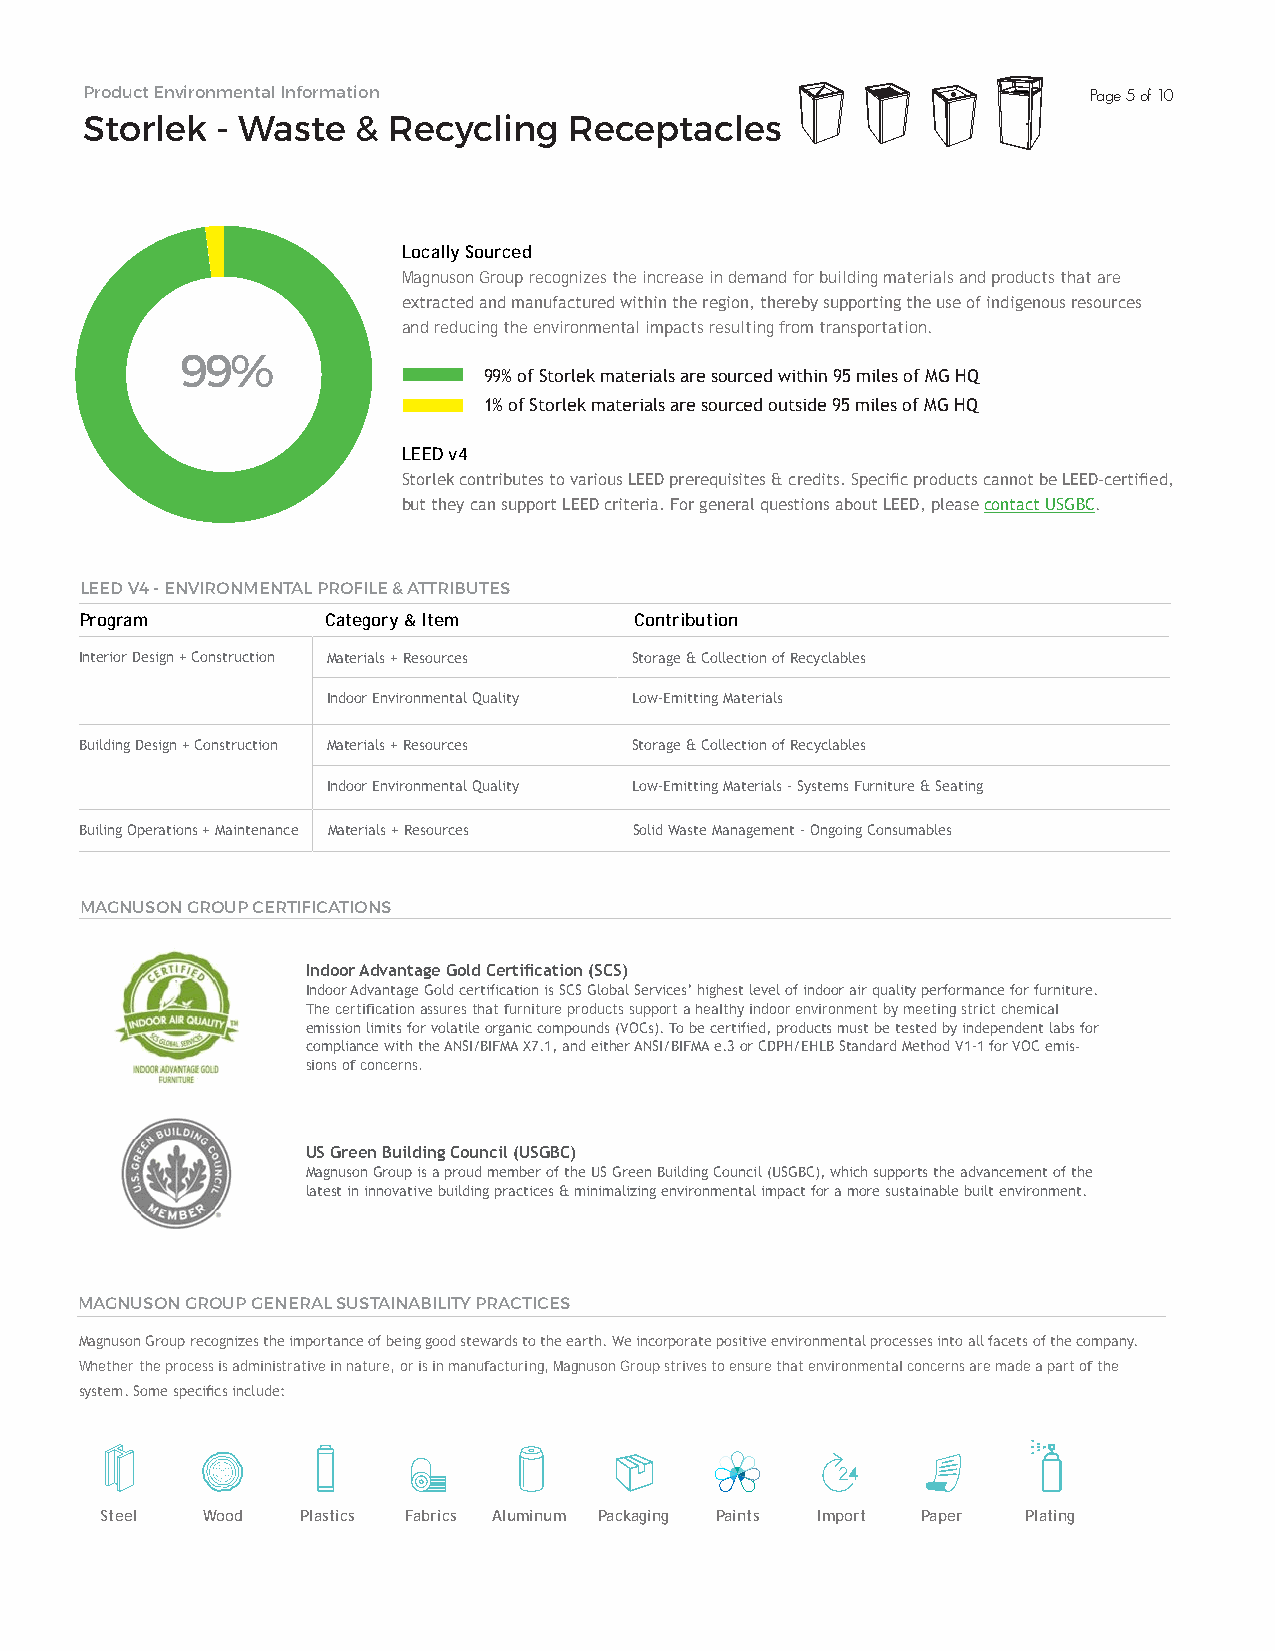
Product Environmental Information                                  Page 5 of 10
 Storlek  - Waste   & Recycling   Receptacles
 98+2+H
 Locally Sourced
 Magnuson Group recognizes the increase in demand for building materials and products that are
 extracted and manufactured within the region, thereby supporting the use of indigenous resources
 and reducing the environmental impacts resulting from transportation.
 99%
 99% of Storlek materials are sourced within 95 miles of MG HQ
 1% of Storlek materials are sourced outside 95 miles of MG HQ
 LEED v4
 Storlek contributes to various LEED prerequisites & credits. Specific products cannot be LEED-certified,
 but they can support LEED criteria. For general questions about LEED, please contact USGBC.
 LEED V4 - ENVIRONMENTAL PROFILE & ATTRIBUTES
 Program          Category & Item     Contribution
 Interior Design + Construction Materials + Resources Storage & Collection of Recyclables
 Indoor Environmental Quality Low-Emitting Materials
 Building Design + Construction Materials + Resources Storage & Collection of Recyclables
 Indoor Environmental Quality Low-Emitting Materials – Systems Furniture & Seating
 Builing Operations + Maintenance Materials + Resources Solid Waste Management – Ongoing Consumables
 MAGNUSON GROUP CERTIFICATIONS
 Indoor Advantage Gold Certification (SCS)
 Indoor Advantage Gold certification is SCS Global Services’ highest level of indoor air quality performance for furniture.
 The certification assures that furniture products support a healthy indoor environment by meeting strict chemical
 emission limits for volatile organic compounds (VOCs). To be certified, products must be tested by independent labs for
 compliance with the ANSI/BIFMA X7.1, and either ANSI/BIFMA e.3 or CDPH/EHLB Standard Method V1-1 for VOC emis-
 sions of concerns.
 US Green Building Council (USGBC)
 Magnuson Group is a proud member of the US Green Building Council (USGBC), which supports the advancement of the
 latest in innovative building practices & minimalizing environmental impact for a more sustainable built environment.
 MAGNUSON GROUP GENERAL SUSTAINABILITY PRACTICES
 Magnuson Group recognizes the importance of being good stewards to the earth. We incorporate positive environmental processes into all facets of the company.
 Whether the process is administrative in nature, or is in manufacturing, Magnuson Group strives to ensure that environmental concerns are made a part of the
 system. Some specifics include:
 Steel Wood   Plastics Fabrics Aluminum Packaging Paints Import Paper Plating
 35+35